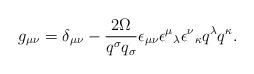
LaTeX: \begin{align*}g_{ \mu \nu }= \delta _{ \mu \nu }- \frac{2 \Omega }{q^ \sigma q_ \sigma } \epsilon _{ \mu \nu } \epsilon ^ { \mu}{}_{ \lambda }\epsilon ^{ \nu}{}_{\kappa }q ^ \lambda q ^ \kappa .\end{align*}